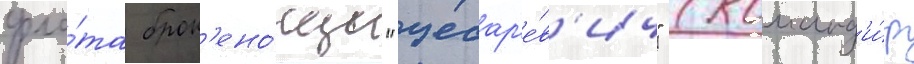
фло́та брон'ено́сцы "цесар'е́в'ич" (команд'и́р